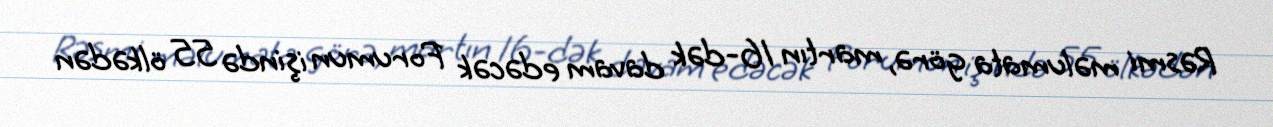
Rəsmi məlumata görə, martın 16-dək davam edəcək Forumun işində 55 ölkədən